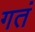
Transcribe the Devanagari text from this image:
गतं